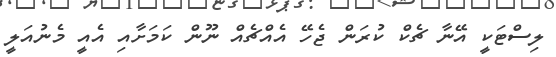
ލިސްޓަކީ އޭނާ ޗެކް ކުރަން ޖެހޭ އެއްޗެއް ނޫން ކަމަށާއި އެއީ މެނުއަލީ